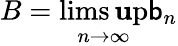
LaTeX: B=\operatorname*{lims\mathbf{u}p}_{n\to\infty}\mathsf{b}_{n}